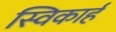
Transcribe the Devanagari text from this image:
स्विकार्ह